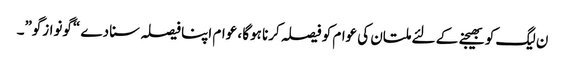
ن لیگ کو بھیجنے کے لئے ملتان کی عوام کو فیصلہ کرنا ہوگا ، عوام اپنا فیصلہ سنا دے “گونوازگو”۔